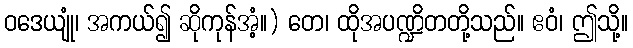
ဝဒေယျုံ၊ အကယ်၍ ဆိုကုန်အံ့။) တေ၊ ထိုအပဏ္ဍိတတို့သည်။ ဧဝံ၊ ဤသို့။